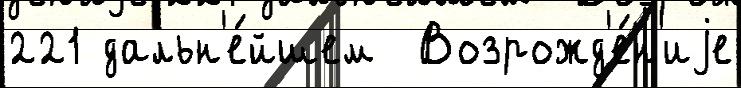
221 дальн'е́йшем  Возрожд'е́н'иjе